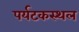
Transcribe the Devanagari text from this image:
पर्यटकस्थल